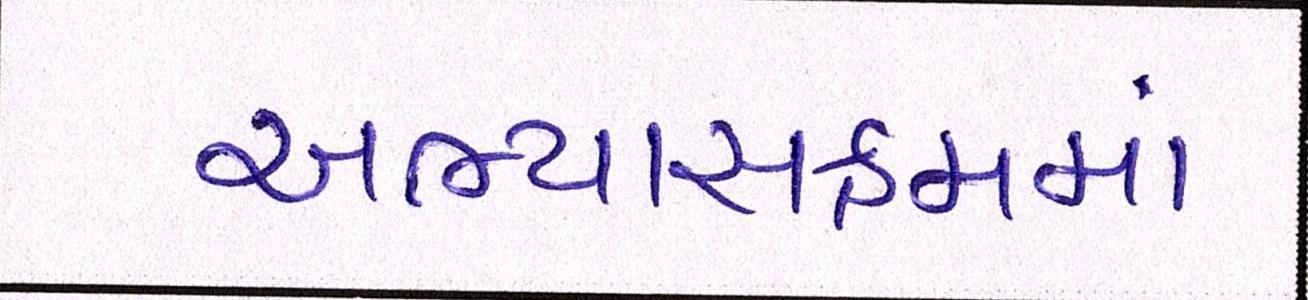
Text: અભ્યાસક્રમમાં